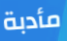
مأدبة